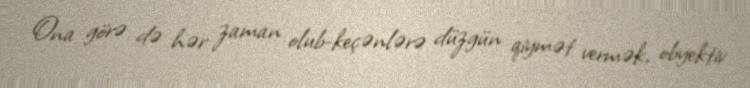
Ona görə də hər zaman olub-keçənlərə düzgün qiymət vermək, obyektiv